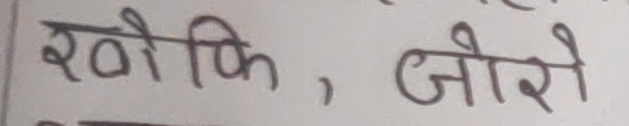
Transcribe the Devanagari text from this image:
रौफि, जोरो